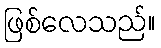
ဖြစ်လေသည်။